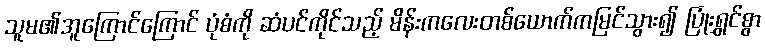
သူမ၏အူကြောင်ကြောင် ပုံစံကို ဆံပင်ကိုင်သည့် မိန်းကလေးတစ်ယောက်ကမြင်သွား၍ ပြုံးရွှင်စွာ